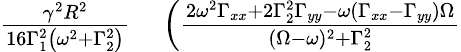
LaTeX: \begin{array}{rl}{\frac{\gamma^{2}R^{2}}{16\Gamma_{1}^{2}\left(\omega^{2}+\Gamma_{2}^{2}\right)}}&{{}\left(\frac{2\omega^{2}\Gamma_{xx}+2\Gamma_{2}^{2}\Gamma_{yy}-\omega(\Gamma_{xx}-\Gamma_{yy})\Omega}{(\Omega-\omega)^{2}+\Gamma_{2}^{2}}\right.}\end{array}